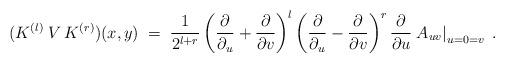
LaTeX: \begin{align*}(K^{(l)}\:V\:K^{(r)})(x,y) \;=\; \frac{1}{2^{l+r}}\left(\frac{\partial}{\partial_u} + \frac{\partial}{\partial v} \right)^l\left(\frac{\partial}{\partial_u} - \frac{\partial}{\partial v} \right)^r\frac{\partial}{\partial u} \left. A_{uv} \right|_{u=0=v}\;. \end{align*}